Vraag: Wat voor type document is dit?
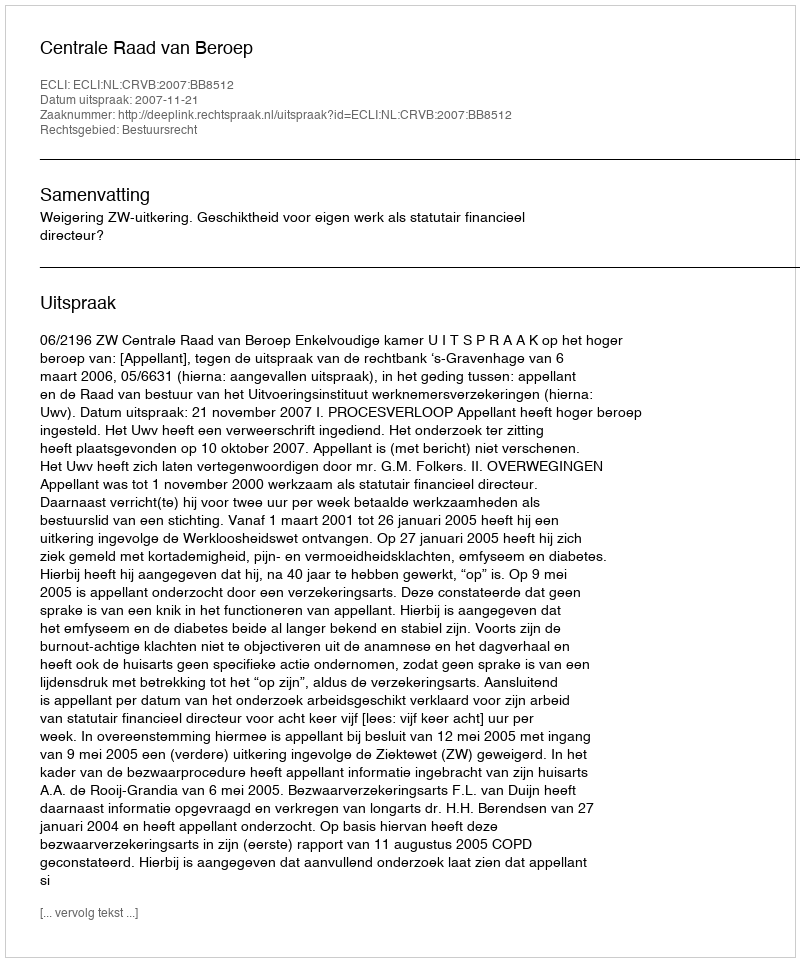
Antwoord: Uitspraak